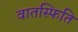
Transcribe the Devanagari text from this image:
वातस्फिति